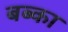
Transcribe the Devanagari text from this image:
बब्का